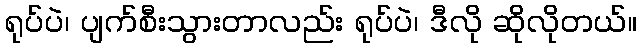
ရုပ်ပဲ၊ ပျက်စီးသွားတာလည်း ရုပ်ပဲ၊ ဒီလို ဆိုလိုတယ်။